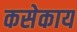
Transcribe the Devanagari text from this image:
कसेकाय